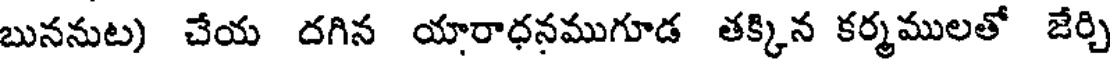
బుననుట) చేయ దగిన యారాధనముగూడ తక్కిన కర్మములతో జేర్చి